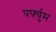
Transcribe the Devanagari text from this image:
पर्फ़्युम